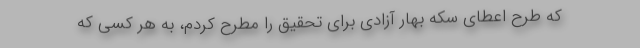
که طرح اعطای سکه بهار آزادی برای تحقیق را مطرح کردم، به هر کسی که